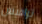
ترافيس